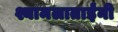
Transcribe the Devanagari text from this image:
श्यामलाताईंनी